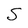
Character: S